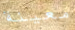
معينة